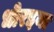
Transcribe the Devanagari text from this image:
धोरइया